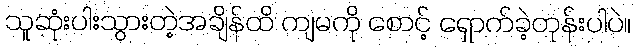
သူဆုံးပါးသွားတဲ့အချိန်ထိ ကျမကို စောင့် ရှောက်ခဲ့တုန်းပါပဲ။